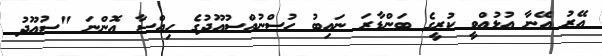
އޭރު އޭނާ އުޅުއްވީ ކުރީގެ ބަންޑާރަ ނައިބު ހުސްނުއްސުއޫދުގެ ހިއްސާ އޮންނަ "ސުއޫދު